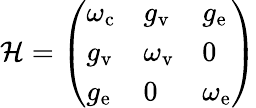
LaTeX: \mathcal{H}=\left(\begin{array}{lll}{\omega_{\mathrm{c}}}&{g_{\mathrm{v}}}&{g_{\mathrm{e}}}\\ {g_{\mathrm{v}}}&{\omega_{\mathrm{v}}}&{0}\\ {g_{\mathrm{e}}}&{0}&{\omega_{\mathrm{e}}}\end{array}\right)